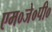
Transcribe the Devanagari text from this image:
एम०जे०पी०